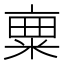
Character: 𱹌